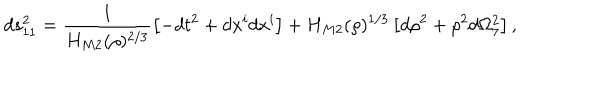
LaTeX: d s _ { 1 1 } ^ { 2 } = \frac { 1 } { H _ { M 2 } ( \rho ) ^ { 2 / 3 } } \left[ - d t ^ { 2 } + d x ^ { i } d x ^ { i } \right] + H _ { M 2 } ( \rho ) ^ { 1 / 3 } \left[ d \rho ^ { 2 } + \rho ^ { 2 } d \Omega _ { 7 } ^ { 2 } \right] ,